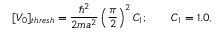
[ V _ { 0 } ] _ { t h r e s h } = { \frac { \hbar ^ { 2 } } { 2 m a ^ { 2 } } } \left( { \frac { \pi } { 2 } } \right) ^ { 2 } C _ { 1 } ; \qquad C _ { 1 } = 1 . 0 ,